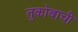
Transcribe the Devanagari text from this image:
तुकोबाची